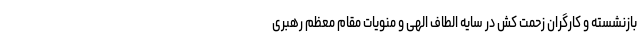
بازنشسته و کارگران زحمت کش در سایه الطاف الهی و منویات مقام معظم رهبری